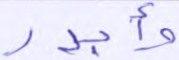
وأجدر